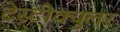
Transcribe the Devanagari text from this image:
टेस्टीक्युलर